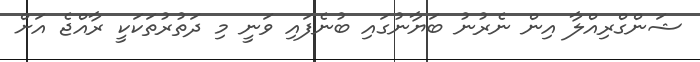
ޝަންގްރިއްލާ އިން ނެރުނު ބަޔާނުގައި ބުނެފައި ވަނީ މި ދަތުރުތަކަކީ ރާއްޖެ އަށް